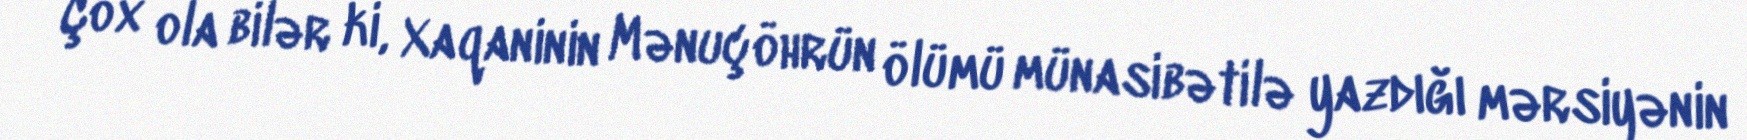
Çox ola bilər ki, Xaqaninin Mənuçöhrün ölümü münasibətilə yazdığı mərsiyənin